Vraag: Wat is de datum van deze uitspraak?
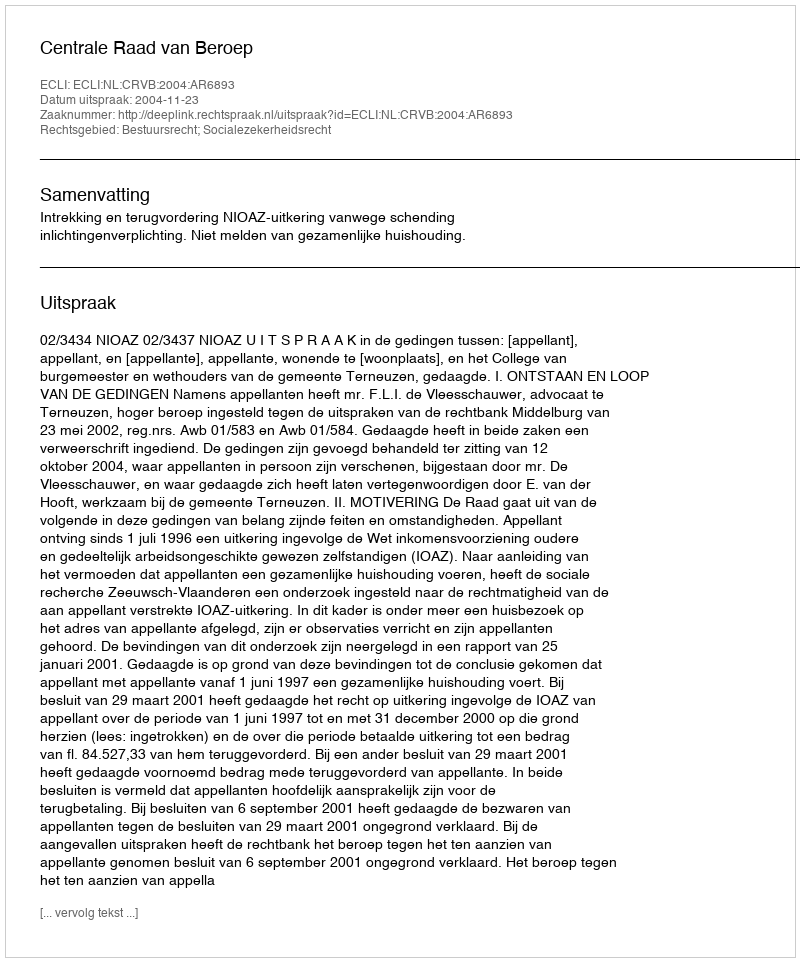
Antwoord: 2004-11-23